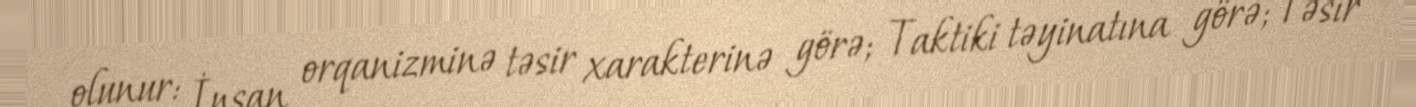
olunur: İnsan orqanizminə təsir xarakterinə görə; Taktiki təyinatına görə; Təsir